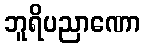
ဘူရိပညာဏော